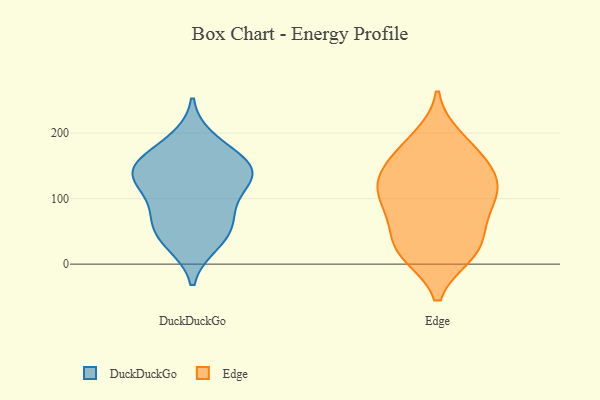
{"axis": {"x": "Bounce Rate (%)", "y": "Value"}, "legend": ["DuckDuckGo", "Edge"], "data": [{"x": "", "y": 189, "type": "DuckDuckGo"}, {"x": "", "y": 78, "type": "DuckDuckGo"}, {"x": "", "y": 55, "type": "DuckDuckGo"}, {"x": "", "y": 32, "type": "DuckDuckGo"}, {"x": "", "y": 148, "type": "DuckDuckGo"}, {"x": "", "y": 132, "type": "DuckDuckGo"}, {"x": "", "y": 138, "type": "DuckDuckGo"}, {"x": "", "y": 136, "type": "DuckDuckGo"}, {"x": "", "y": 147, "type": "DuckDuckGo"}, {"x": "", "y": 167, "type": "DuckDuckGo"}, {"x": "", "y": 115, "type": "DuckDuckGo"}, {"x": "", "y": 40, "type": "DuckDuckGo"}, {"x": "", "y": 77, "type": "DuckDuckGo"}, {"x": "", "y": 109, "type": "Edge"}, {"x": "", "y": 29, "type": "Edge"}, {"x": "", "y": 145, "type": "Edge"}, {"x": "", "y": 107, "type": "Edge"}, {"x": "", "y": 193, "type": "Edge"}, {"x": "", "y": 16, "type": "Edge"}, {"x": "", "y": 47, "type": "Edge"}, {"x": "", "y": 15, "type": "Edge"}, {"x": "", "y": 73, "type": "Edge"}, {"x": "", "y": 95, "type": "Edge"}, {"x": "", "y": 18, "type": "Edge"}, {"x": "", "y": 180, "type": "Edge"}, {"x": "", "y": 168, "type": "Edge"}, {"x": "", "y": 128, "type": "Edge"}, {"x": "", "y": 129, "type": "Edge"}, {"x": "", "y": 80, "type": "Edge"}, {"x": "", "y": 138, "type": "Edge"}]}